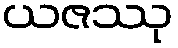
ယဇဿု